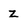
Character: z